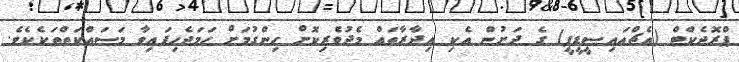
ޕްރޮޖެކްޓް (އެޗްއައިސީޑީޕީ) ގެ ދަށުން އެކި އިދާރާތައް މެދުވެރިކޮށް ހިންގުމަށް ހަމަޖެހިފައިވާ މަސައްކަތްތަކެކެވެ.